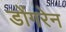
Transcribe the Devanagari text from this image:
डोंगरेन